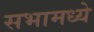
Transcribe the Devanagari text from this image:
सभामध्ये